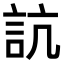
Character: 𧦑